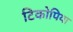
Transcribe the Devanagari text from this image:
टिकोपिया